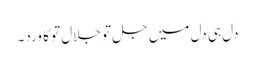
دل ہی دل میں جل تو جلال تو کا ورد۔